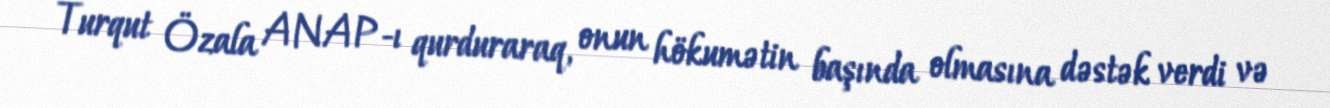
Turqut Özala ANAP-ı qurduraraq, onun hökumətin başında olmasına dəstək verdi və